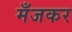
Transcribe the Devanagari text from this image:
मँजकर